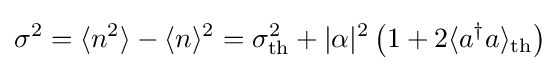
\sigma ^{2}=\langle n^{2}\rangle -\langle n\rangle ^{2}=\sigma _{\text{th}}^{2}+|\alpha |^{2}\left(1+2\langle a^{\dagger }a\rangle _{\text{th}}\right)